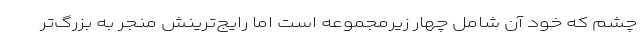
چشم که خود آن شامل چهار زیرمجموعه است اما رایج‌ترینش منجر به بزرگ‌تر